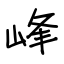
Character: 峰